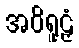
အဝိရူဠှံ